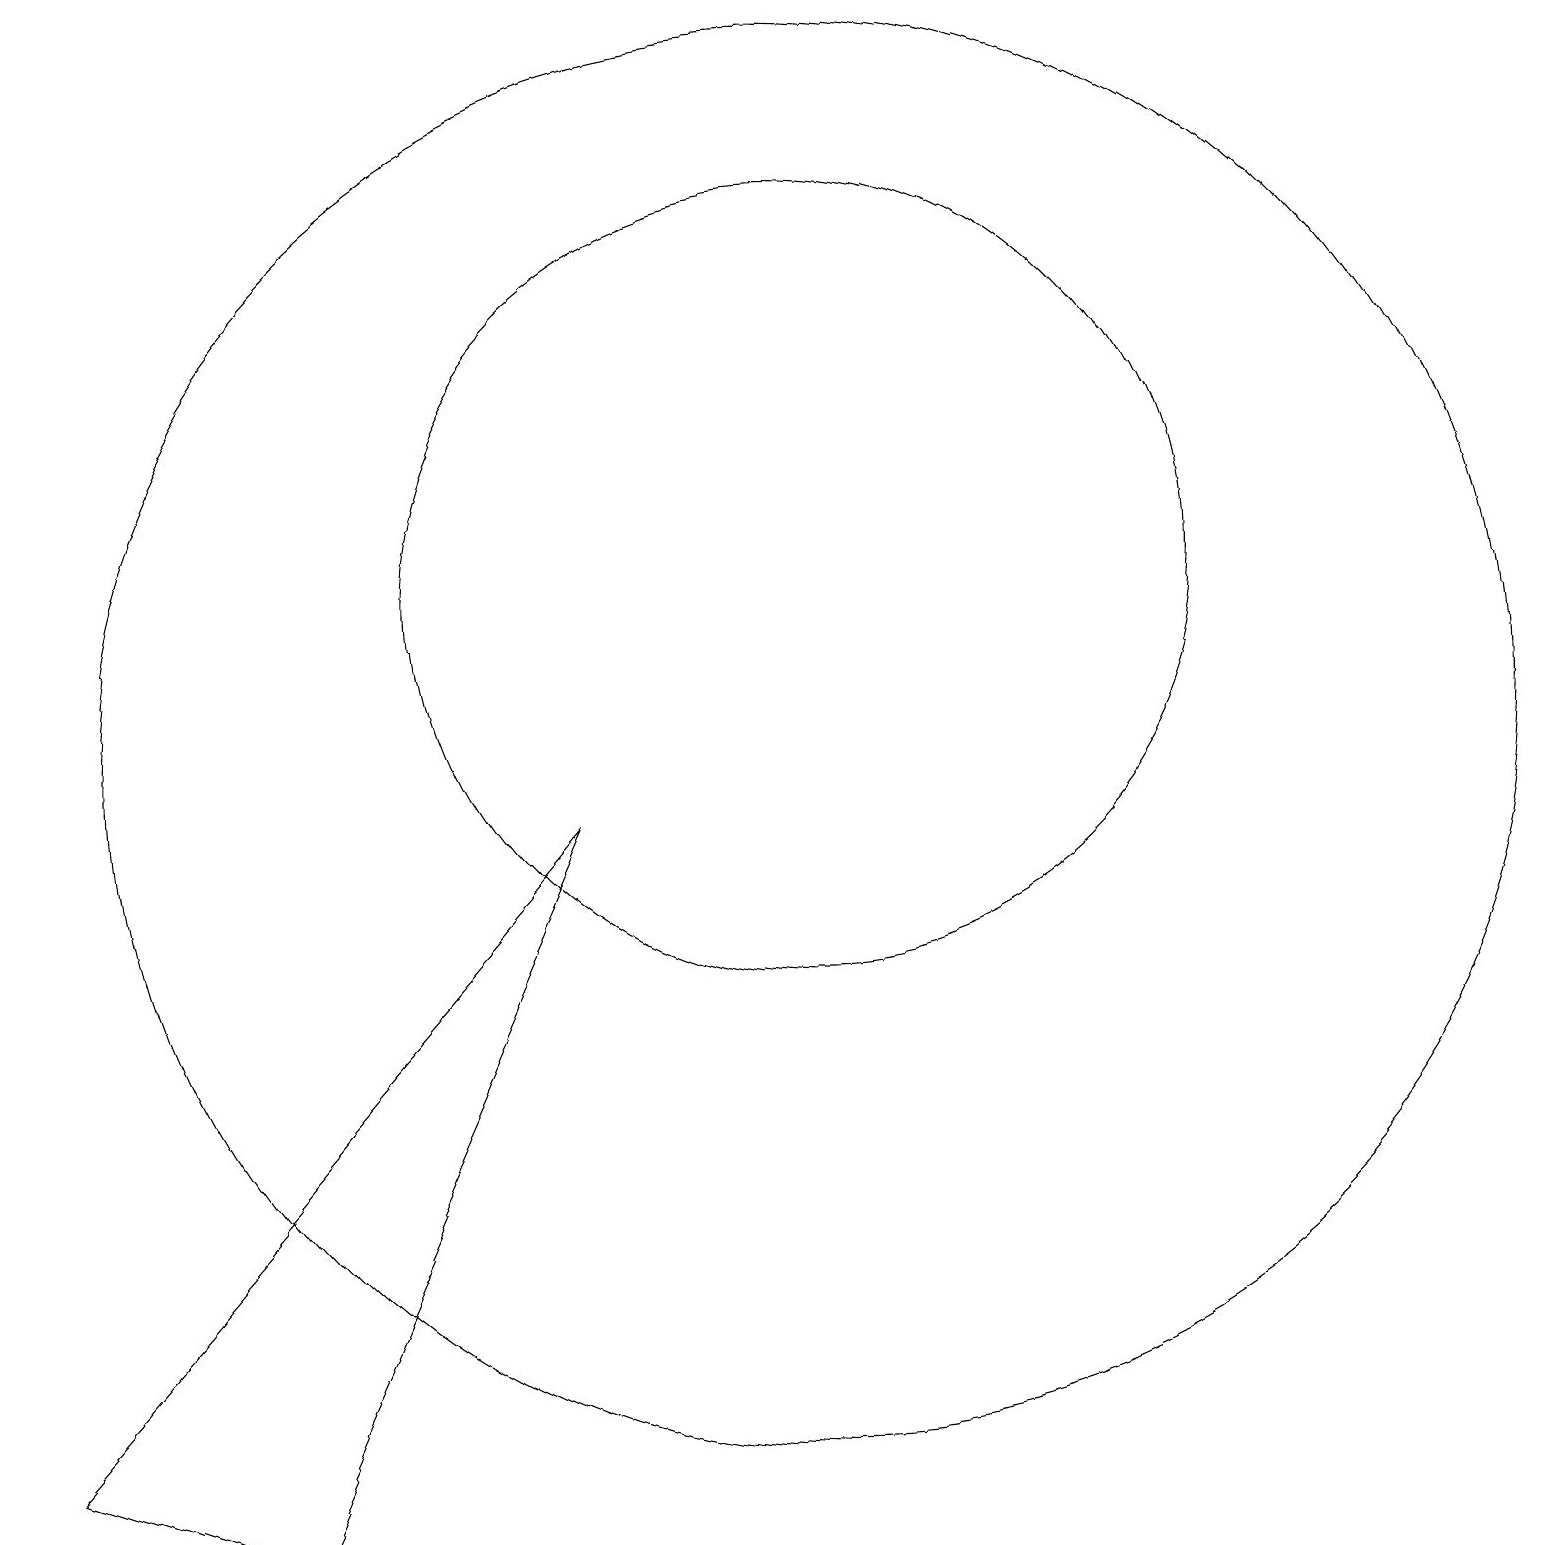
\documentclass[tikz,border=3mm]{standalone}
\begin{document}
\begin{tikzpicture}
\draw (10,12) circle (5);
\draw (0,1) -- (7,9) -- (3,0) -- cycle;
\draw (10,10) circle (9);
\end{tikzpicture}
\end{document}